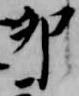
卯